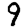
Digit: 9